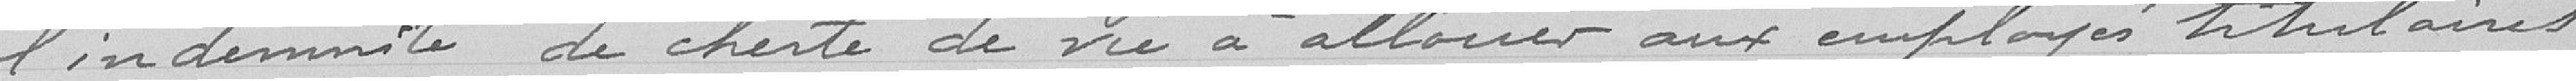
l'indemnité de cherté de vie à allouer aux employés titulaires